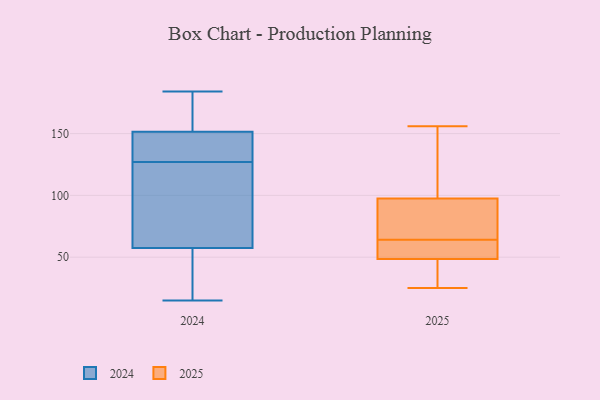
{"axis": {"x": "Headcount", "y": "Value"}, "legend": ["2024", "2025"], "data": [{"x": "", "y": 102, "type": "2025"}, {"x": "", "y": 114, "type": "2025"}, {"x": "", "y": 64, "type": "2025"}, {"x": "", "y": 62, "type": "2025"}, {"x": "", "y": 56, "type": "2025"}, {"x": "", "y": 73, "type": "2025"}, {"x": "", "y": 71, "type": "2025"}, {"x": "", "y": 25, "type": "2025"}, {"x": "", "y": 156, "type": "2025"}, {"x": "", "y": 25, "type": "2025"}, {"x": "", "y": 96, "type": "2025"}, {"x": "", "y": 26, "type": "2025"}, {"x": "", "y": 56, "type": "2025"}, {"x": "", "y": 128, "type": "2024"}, {"x": "", "y": 46, "type": "2024"}, {"x": "", "y": 184, "type": "2024"}, {"x": "", "y": 92, "type": "2024"}, {"x": "", "y": 19, "type": "2024"}, {"x": "", "y": 126, "type": "2024"}, {"x": "", "y": 15, "type": "2024"}, {"x": "", "y": 157, "type": "2024"}, {"x": "", "y": 135, "type": "2024"}, {"x": "", "y": 127, "type": "2024"}, {"x": "", "y": 172, "type": "2024"}]}